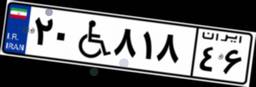
۲۷W۷۹۷۹۹